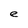
Character: e